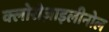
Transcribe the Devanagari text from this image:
क्लोरोज़ाइलीनोल